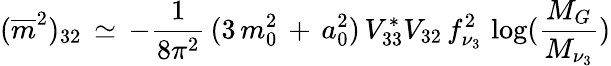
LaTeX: (\overline{{{m}}}^{2})_{32}\, \simeq\, -\frac{1}{8\pi^{2}}\, (3\, m_{0}^{2}\, +\, a_{0}^{2})\, V_{33}^{*}V_{32}\, f_{\nu_{3}}^{2}\, \log(\frac{M_{G}}{M_{\nu_{3}}})